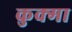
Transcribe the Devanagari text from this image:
कुक्मा